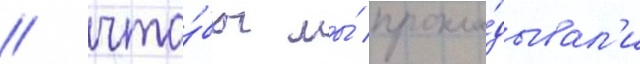
/ что́бы мы́ прокла́дывал'и